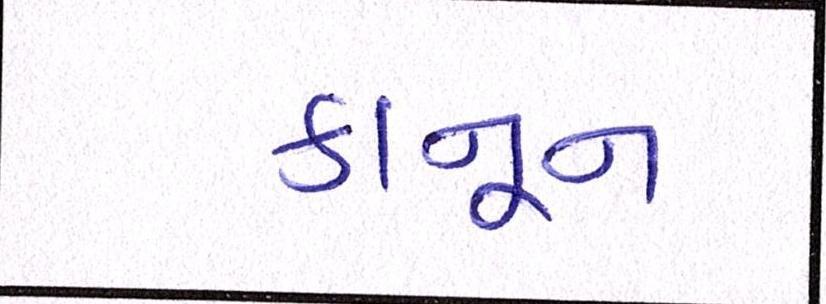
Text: કાનૂન